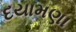
દયામણા